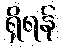
ရှိရန်